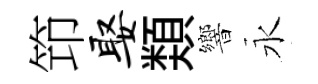
笻娶𩔖響永